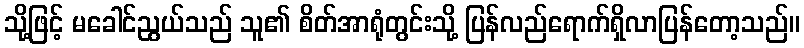
သို့ဖြင့် မခေါင်ညွယ်သည် သူ၏ စိတ်အာရုံတွင်းသို့ ပြန်လည်ရောက်ရှိလာပြန်တော့သည်။